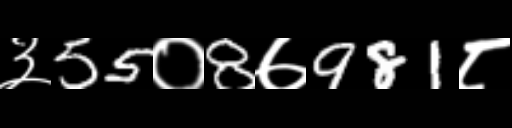
Text: ३55०8७981८